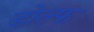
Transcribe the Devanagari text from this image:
डोल्फ